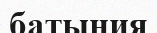
батыния